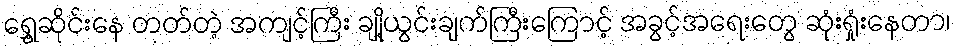
ရွှေ့ဆိုင်းနေ တတ်တဲ့ အကျင့်ကြီး ချို့ယွင်းချက်ကြီးကြောင့် အခွင့်အရေးတွေ ဆုံးရှုံးနေတာ၊